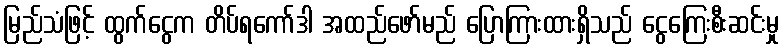
မြည်သံဖြင့် ထွက်ငွေက တိပ်ရကော်ဒါ အထည်ဖော်မည် ပြောကြားထားရှိသည် ငွေကြေးစီးဆင်းမှု